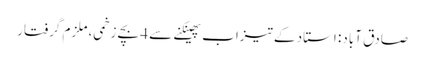
صادق آباد: استاد کے تیزاب پھینکنے سے 4 بچے زخمی، ملزم گرفتار